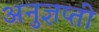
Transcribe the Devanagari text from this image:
अनुज्ञप्ती